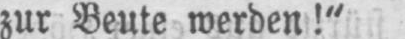
zur Beute werden!“